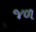
જળ